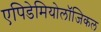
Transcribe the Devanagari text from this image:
एपिडेमियोलॉजिकल